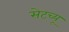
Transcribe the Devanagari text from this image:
सेट्च्यू